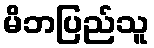
မိဘပြည်သူ